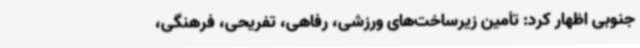
جنوبی اظهار کرد: تأمین زیرساخت‌های ورزشی، رفاهی، تفریحی، فرهنگی،